Leaving Certificate Examination (including Day School Certificate (Higher) General paper), 1929
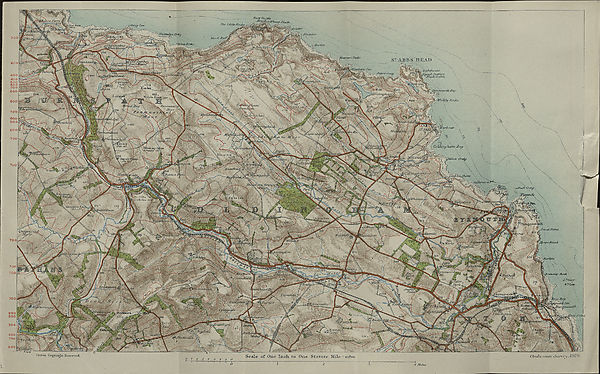
fFann -203-
The- /. iUla /inok-i
S ' Jied /!.>.*
SOive. • '
lirjat/c
I' flfUi a' l
nunrc’^ff
300
Oi.
C.flur/a' J-
todejid'
Ma-WCOJ-r SieJls
Sf A Jill'S HKAI)
i'
' htghthoiL»e
Siq/uil. Scation
r '■ ■ Aiadc Gable
Jiiiejiy C/xiif/
400
40 0
500 600 700
800
/ Col rim </ fr<
rjerxisde £(§•
. j 303..
Meikle Black' diw
5 luttul
■ I' Tiudds)' Moclcs-
800;
iruuit/liM
uztn.
jc k L a W .
‘I Cott.
>685
^^/OT/cl/ibnit
irwlrfttal;
7 00
/Site 6F/
ttliniuns;
' * Itf' /sja i/ur f/Vi
.Drone Mill - M8
/jlLUnhi
Daotoe-Tf^
iJlcntoiv;
' Srqidi.
J?rari<n
Wdbdsi
• 560* %
dholes Hj
l/ftthyiecart.
: Cello o
Ql M^
MiaoUm
fijimeorKs.-
i BUjlawbi
' /.rxilull
Tile.
Works.
i' n/it' , i
.eumey.vi
idrd. Sto.
luonmauth
ra/ce/vtodfi
^CalloiySil
»8
xCCrStrnl/iirn
"iCh aster i . 1 .!' . \
: nil!
Fiaek/' iou.ic
4-^210